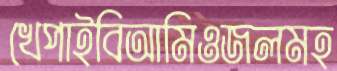
খেপাইবিআমিওজলমহ